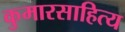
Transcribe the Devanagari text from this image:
कुमारसाहित्य